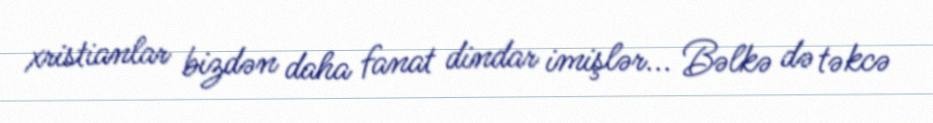
xristianlar bizdən daha fanat dindar imişlər... Bəlkə də təkcə